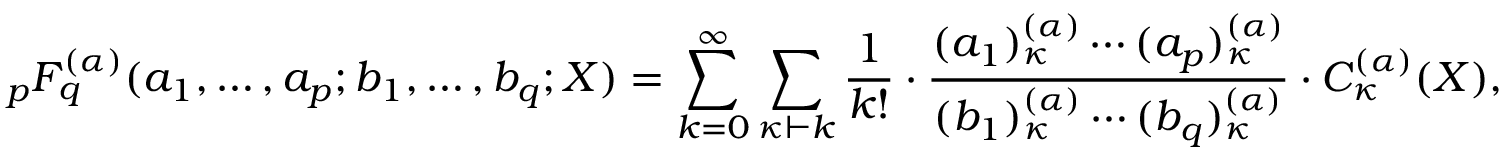
_ { p } F _ { q } ^ { ( \alpha ) } ( a _ { 1 } , \ldots , a _ { p } ; b _ { 1 } , \ldots , b _ { q } ; X ) = \sum _ { k = 0 } ^ { \infty } \sum _ { \kappa \vdash k } { \frac { 1 } { k ! } } \cdot { \frac { ( a _ { 1 } ) _ { \kappa } ^ { ( \alpha ) } \cdots ( a _ { p } ) _ { \kappa } ^ { ( \alpha ) } } { ( b _ { 1 } ) _ { \kappa } ^ { ( \alpha ) } \cdots ( b _ { q } ) _ { \kappa } ^ { ( \alpha ) } } } \cdot C _ { \kappa } ^ { ( \alpha ) } ( X ) ,